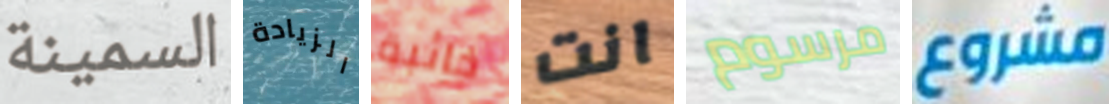
السمينة الزيادة خائبة انت مرسوم مشروع